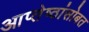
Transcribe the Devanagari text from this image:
आप्तेष्ठांसोबत